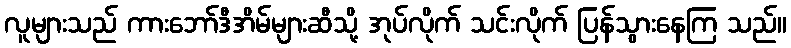
လူများသည် ကားဘော်ဒီအိမ်များဆီသို့ အုပ်လိုက် သင်းလိုက် ပြန်သွားနေကြ သည်။